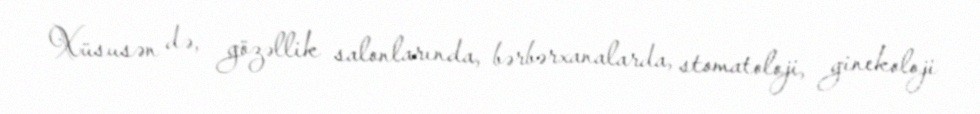
Xüsusən də, gözəllik salonlarında, bərbərxanalarda, stomatoloji, ginekoloji